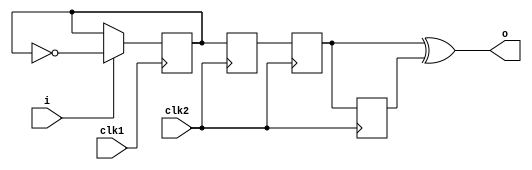
module minimac2_psync(
	input clk1,
	input i,
	input clk2,
	output o
);

reg level;
always @(posedge clk1)
	if(i)
		level <= ~level;

reg level1;
reg level2;
reg level3;
always @(posedge clk2) begin
	level1 <= level;
	level2 <= level1;
	level3 <= level2;
end

assign o = level2 ^ level3;

initial begin
	level <= 1'b0;
	level1 <= 1'b0;
	level2 <= 1'b0;
	level3 <= 1'b0;
end

endmodule